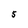
Character: 5